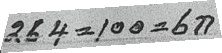
264 = 100 = 6ก